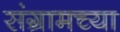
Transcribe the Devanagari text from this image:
संग्रामच्या